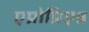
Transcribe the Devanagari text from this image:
एप्रोप्रिएश्न